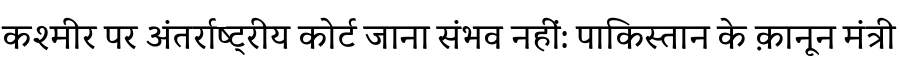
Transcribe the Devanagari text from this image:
कश्मीर पर अंतर्राष्ट्रीय कोर्ट जाना संभव नहीं: पाकिस्तान के क़ानून मंत्री